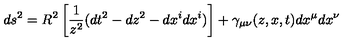
d s ^ { 2 } = R ^ { 2 } \left[ { \frac { 1 } { z ^ { 2 } } } ( d t ^ { 2 } - d z ^ { 2 } - d x ^ { i } d x ^ { i } ) \right] + \gamma _ { \mu \nu } ( z , x , t ) d x ^ { \mu } d x ^ { \nu }